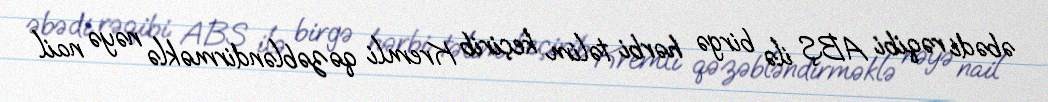
əbədi rəqibi ABŞ ilə birgə hərbi təlim keçirib Kremli qəzəbləndirməklə nəyə nail